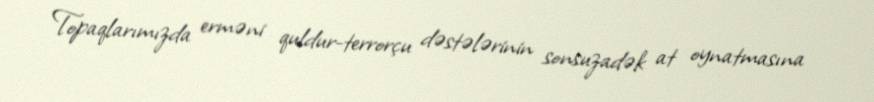
Topaqlarımızda erməni quldur-terrorçu dəstələrinin sonsuzadək at oynatmasına